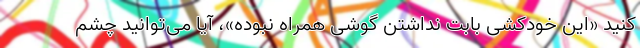
کنید «این خودکشی بابت نداشتن گوشی همراه نبوده»، آیا می‌توانید چشم